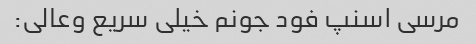
مرسی اسنپ فود جونم خیلی سریع وعالی: